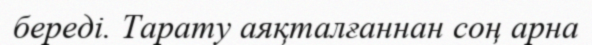
береді. Тарату аяқталғаннан соң арна